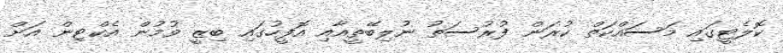
ކޮލެޓީގައި މަސައްކަތް ކުރަން ފުރުސަތު ނުލިބޭތީއާއި އޮފީހުގައި ބިޒީ ވުމުން އެކްޓިން އަށް